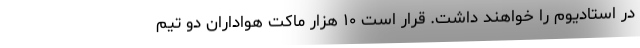
در استادیوم را خواهند داشت. قرار است ۱۰ هزار ماکت هواداران دو تیم